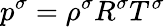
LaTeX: p^{\sigma}=\rho^{\sigma}R^{\sigma}T^{\sigma}